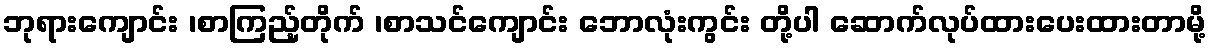
ဘုရားကျောင်း ၊စာကြည့်တိုက် ၊စာသင်ကျောင်း ဘောလုံးကွင်း တို့ပါ ဆောက်လုပ်ထားပေးထားတာမို့